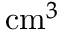
\mathrm { c m } ^ { 3 }